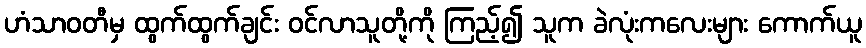
ဟံသာဝတီမှ ထွက်ထွက်ချင်း ဝင်လာသူတို့ကို ကြည့်၍ သူက ခဲလုံးကလေးများ ကောက်ယူ